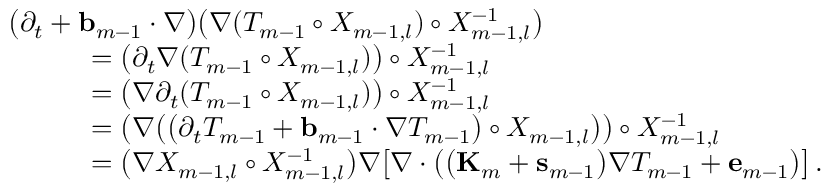
\begin{array} { r l } { \lefteqn { \bigl ( \partial _ { t } + \ensuremath { \mathbf { b } } _ { m - 1 } \cdot \nabla \bigr ) \bigl ( \nabla ( T _ { m - 1 } \circ X _ { m - 1 , l } ) \circ X _ { m - 1 , l } ^ { - 1 } \bigr ) } \qquad } & { } \\ & { = \bigl ( \partial _ { t } \nabla ( T _ { m - 1 } \circ X _ { m - 1 , l } ) \bigr ) \circ X _ { m - 1 , l } ^ { - 1 } } \\ & { = \bigl ( \nabla \partial _ { t } ( T _ { m - 1 } \circ X _ { m - 1 , l } ) \bigr ) \circ X _ { m - 1 , l } ^ { - 1 } } \\ & { = \bigl ( \nabla \bigl ( \bigl ( \partial _ { t } T _ { m - 1 } + \ensuremath { \mathbf { b } } _ { m - 1 } \cdot \nabla T _ { m - 1 } \bigr ) \circ X _ { m - 1 , l } \bigr ) \bigr ) \circ X _ { m - 1 , l } ^ { - 1 } } \\ & { = \bigl ( \nabla X _ { m - 1 , l } \circ X _ { m - 1 , l } ^ { - 1 } \bigr ) \nabla \bigl [ \nabla \cdot \bigl ( \bigl ( \mathbf { K } _ { m } + \mathbf { s } _ { m - 1 } \bigr ) \nabla T _ { m - 1 } + \mathbf { e } _ { m - 1 } \bigr ) \bigr ] \, . } \end{array}